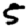
Digit: 5